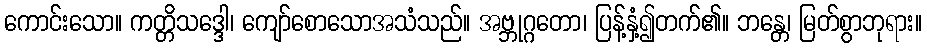
ကောင်းသော။ ကတ္တိသဒ္ဒေါ၊ ကျော်စောသောအသံသည်။ အဗ္ဘုဂ္ဂတော၊ ပြန့်နှံ့၍တက်၏။ ဘန္တေ၊ မြတ်စွာဘုရား။